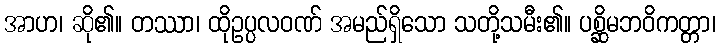
အာဟ၊ ဆို၏။ တဿာ၊ ထိုဥပ္ပလဝဏ် အမည်ရှိသော သတို့သမီး၏။ ပစ္ဆိမဘဝိကတ္တာ၊